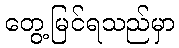
တွေ့မြင်ရသည်မှာ